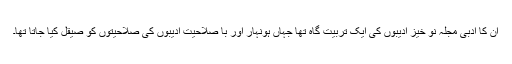
ان کا ادبی مجلہ نو خیز ادیبوں کی ایک تربیت گاہ تھا جہاں ہونہار اور با صلاحیت ادیبوں کی صلاحیتوں کو صیقل کیا جاتا تھا۔